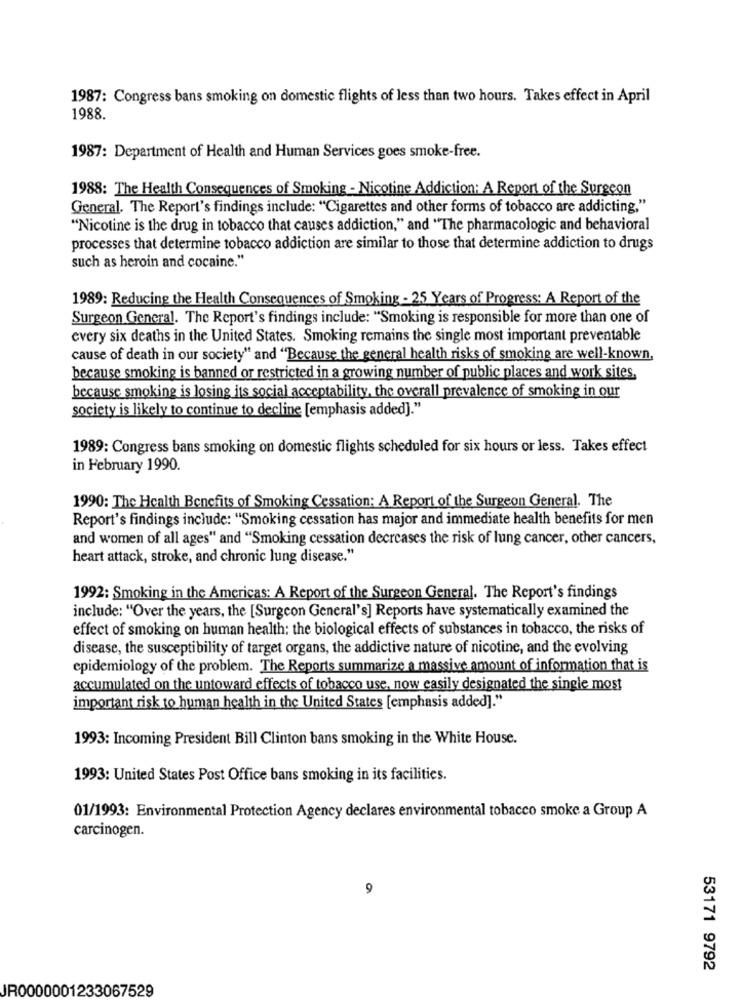
1987: Congress bans smoking on domestic flights of less than two hours. Takes effect in April
1988.
1987: Department of Health and Human Services goes smoke-free.
1988: The Health Consequences of Smoking - Nicotine Addiction: A Report of the Surgeon
General. The Report's findings include: "Cigarettes and other forms of tobacco are addicting,"
"Nicotine is the drug in tobacco that causes addiction," and "The pharmacologic and behavioral
processes that determine tobacco addiction are similar to those that determine addiction to drugs
such as heroin and cocaine."
1989: Reducing the Health Consequences of Smoking - 25 Years of Progress: A Report of the
Surgeon General. The Report's findings include: "Smoking is responsible for more than one of
every six deaths in the United States. Smoking remains the single most important preventable
cause of death in our society" and "Because the general health risks of smoking are well-known.
because smoking is banned or restricted in a growing number of public places and work sites.
because smoking is losing its social acceptability, the overall prevalence of smoking in our
society is likely to continue to decline [emphasis added]."
1989: Congress bans smoking on domestic flights scheduled for six hours or less. Takes effect
in February 1990.
1990: The Health Benefits of Smoking Cessation: A Report of the Surgeon General. The
Report's findings include: "Smoking cessation has major and immediate health benefits for men
and women of all ages" and "Smoking cessation decreases the risk of lung cancer, other cancers,
heart attack, stroke, and chronic lung disease."
1992: Smoking in the Americas: A Report of the Surgeon General. The Report's findings
include: "Over the years, the [Surgeon General's] Reports have systematically examined the
effect of smoking on human health: the biological effects of substances in tobacco, the risks of
disease, the susceptibility of target organs, the addictive nature of nicotine, and the evolving
epidemiology of the problem. The Reports summarize a massive amount of information that is
accumulated on the untoward effects of tobacco use, now easily designated the single most
important risk to human health in the United States [emphasis added]."
1993: Incoming President Bill Clinton bans smoking in the White House.
1993: United States Post Office bans smoking in its facilities.
01/1993: Environmental Protection Agency declares environmental tobacco smoke a Group A
carcinogen.
9
53171 9792
JR0000001233067529